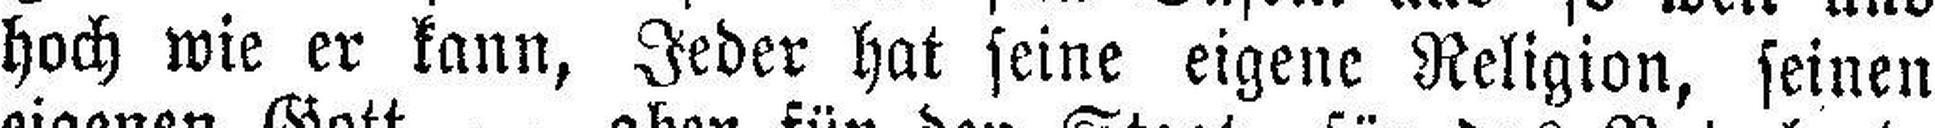
hoch wie er kann, Jeder hat seine eigene Religion, seinen